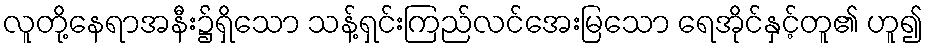
လူတို့နေရာအနီး၌ရှိသော သန့်ရှင်းကြည်လင်အေးမြသော ရေအိုင်နှင့်တူ၏ ဟူ၍